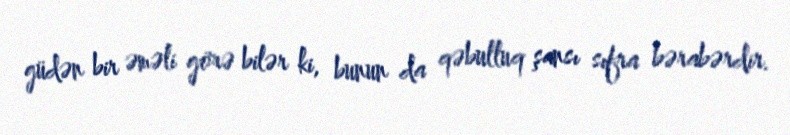
güdən bir əməli görə bilər ki, bunun da qəbulluq şansı sıfra bərabərdir.